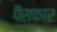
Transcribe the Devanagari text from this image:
पैराकार